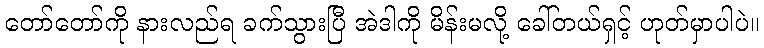
တော်တော်ကို နားလည်ရ ခက်သွားပြီ အဲဒါကို မိန်းမလို့ ခေါ်တယ်ရှင့် ဟုတ်မှာပါပဲ။